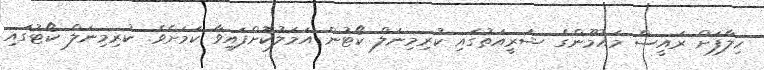
ހިލާފަށް ރައީސް މައުމޫންގެ ޝަރީއަތުގައި ކުރިމިނަލް ކޯޓުން އަމަލުކޮށްފައިވާ ކަމަށެވެ. ކުރިމިނަލް ކޯޓުގައި